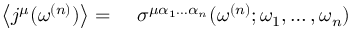
\begin{array} { r l } { \left\langle j ^ { \mu } ( \omega ^ { ( n ) } ) \right\rangle = \, \, } & { { } \sigma ^ { \mu \alpha _ { 1 } \hdots \alpha _ { n } } ( \omega ^ { ( n ) } ; \omega _ { 1 } , \hdots , \omega _ { n } ) } \end{array}